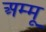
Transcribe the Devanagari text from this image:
अम्मू